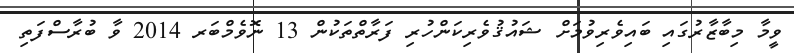
ވީމާ މިބާޒާރުގައި ބައިވެރިވުމަށް ޝައުޤުވެރިކަންހުރި ފަރާތްތަކުން 13 ނޮވެމްބަރ 2014 ވާ ބުރާސްފަތި